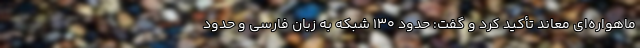
ماهواره‌ای معاند تأکید کرد و گفت: حدود ۱۳۰ شبکه به زبان فارسی و حدود